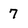
Character: 7